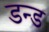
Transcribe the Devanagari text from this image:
डन्ड